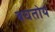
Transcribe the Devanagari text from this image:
बघतोय